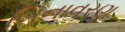
બિનાવરણ